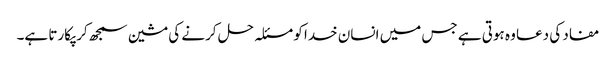
مفاد کی دعا وہ ہوتی ہے جس میں انسان خدا کو مسئلہ حل کرنے کی مشین سمجھ کر پکارتا ہے۔